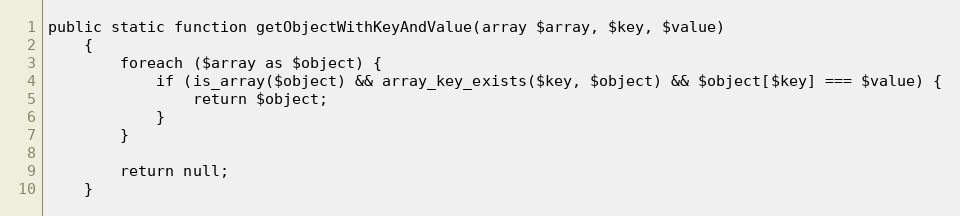
Language: PHP
public static function getObjectWithKeyAndValue(array $array, $key, $value)
    {
        foreach ($array as $object) {
            if (is_array($object) && array_key_exists($key, $object) && $object[$key] === $value) {
                return $object;
            }
        }

        return null;
    }